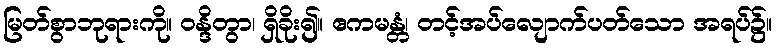
မြတ်စွာဘုရားကို။ ဝန္ဒိတွာ၊ ရှိခိုး၍။ ဧကမန္တံ၊ တင့်အပ်လျောက်ပတ်သော အရပ်၌။